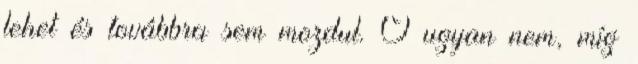
lehet és továbbra sem mozdul. Ő ugyan nem, míg